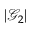
| \mathcal { G } _ { 2 } |